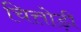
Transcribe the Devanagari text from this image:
चित्तोड़ी